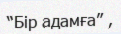
“Бір адамға” ,